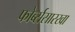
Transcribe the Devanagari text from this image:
फोर्ब्ससारखा